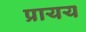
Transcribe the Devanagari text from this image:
प्रायय